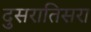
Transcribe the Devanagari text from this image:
दुसरातिसरा